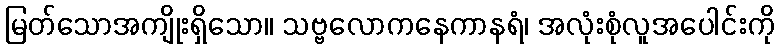
မြတ်သောအကျိုးရှိသော။ သဗ္ဗလောကနေကာနရံ၊ အလုံးစုံလူအပေါင်းကို